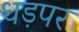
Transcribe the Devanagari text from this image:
धड़पर